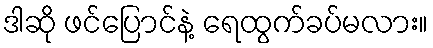
ဒါဆို ဖင်ပြောင်နဲ့ ရေထွက်ခပ်မလား။